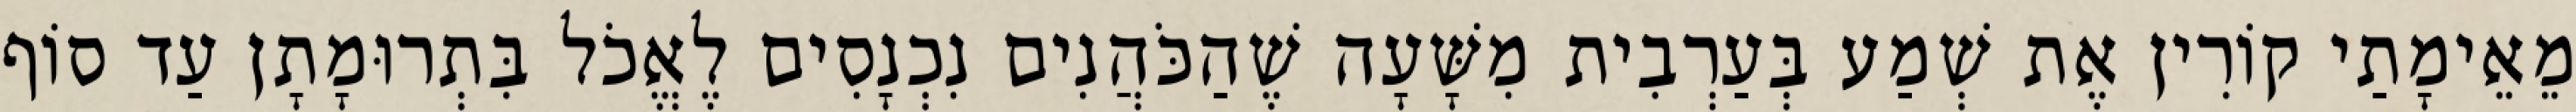
מֵאֵימָתַי קוֹרִין אֶת שְׁמַע בְּעַרְבִית מִשָּׁעָה שֶׁהַכֹּהֲנִים נִכְנָסִים לֶאֱכֹל בִּתְרוּמָתָן עַד סוֹף